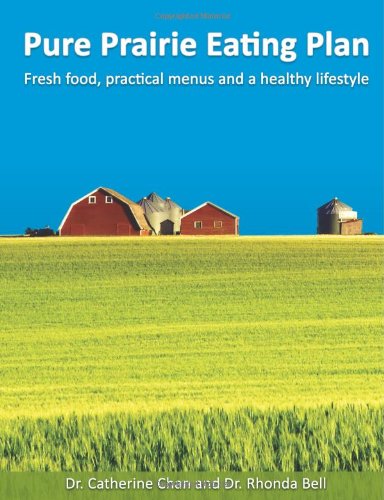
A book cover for Pure Prairie Eating Plan: Fresh food, practical menus and a healthy lifestyle; Dr. Catherine Chan; Cookbooks, Food & Wine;